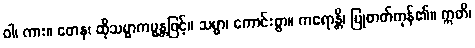
ဝါ၊ ကား။ တေန၊ ထိုသမ္မာကမ္မန္တဖြင့်။ သမ္မာ၊ ကောင်းစွာ။ ကရောန္တိ၊ ပြုတတ်ကုန်၏။ ဣတိ၊